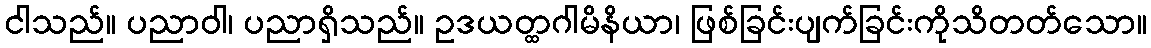
ငါသည်။ ပညာဝါ၊ ပညာရှိသည်။ ဥဒယတ္ထဂါမိနိယာ၊ ဖြစ်ခြင်းပျက်ခြင်းကိုသိတတ်သော။